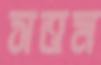
সত্তম